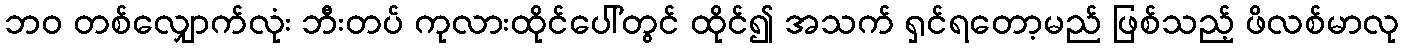
ဘဝ တစ်လျှောက်လုံး ဘီးတပ် ကုလားထိုင်ပေါ်တွင် ထိုင်၍ အသက် ရှင်ရတော့မည် ဖြစ်သည့် ဖိလစ်မာလု